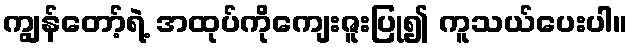
ကျွန်တော့်ရဲ့ အထုပ်ကိုကျေးဇူးပြု၍ ကူသယ်ပေးပါ။